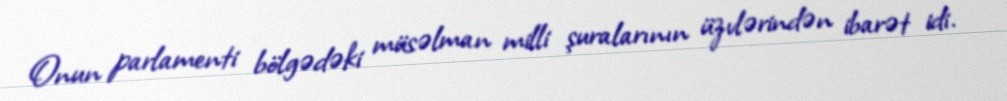
Onun parlamenti bölgədəki müsəlman milli şuralarının üzvlərindən ibarət idi.